Sanitation, dispensaries and jails vaccination Rajputana 1922-1927 - 1922-1927
Year: 1922
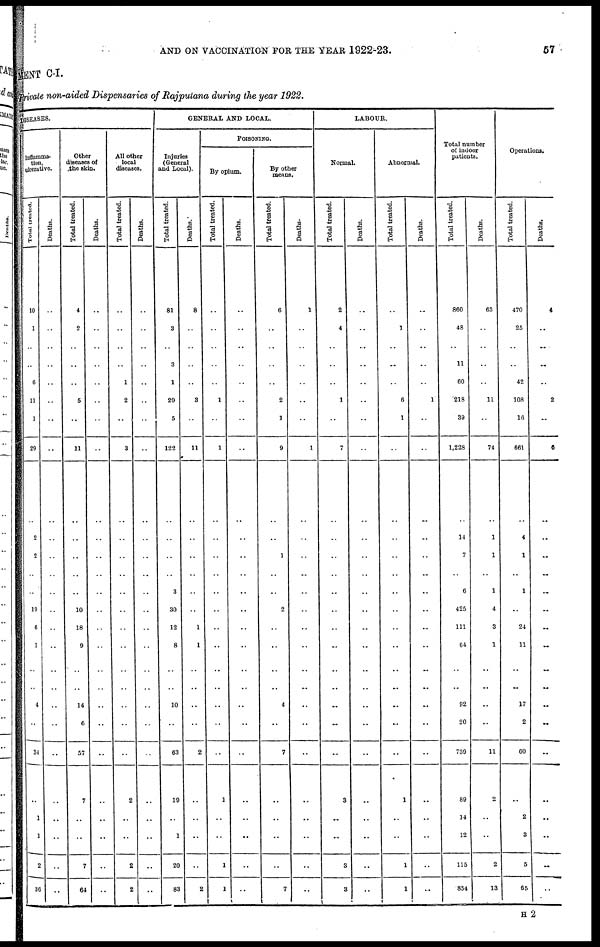
AND ON VACCINATION FOR THE YEAR 1922-23.
57
MENT C-I.
private non-aided Dispensaries of Rajputana during the year 1922.
DISEASES.
inflamma¬
tion,
ulcerative.
Total treated.
10
1
..
..
6
11
1
29
..
2
2
..
..
10
6
1
..
..
4
..
34
..
1
1
2
36
Deaths.
..
..
..
..
..
..
..
..
..
..
..
..
..
..
..
..
..
..
..
..
..
..
..
..
..
..
Other
diseases of
the skin.
Total treated.
4
2
..
..
..
5
..
11
..
..
..
..
..
10
18
9
..
..
14
6
57
7
..
..
7
64
Deaths.
..
..
..
..
..
..
..
..
..
..
..
..
..
..
..
..
..
..
..
..
..
..
..
..
..
..
All other
local
diseases.
Total treated.
..
..
..
..
1
2
..
3
..
..
..
..
..
..
..
..
..
..
..
..
..
2
..
..
2
2
Deaths.
..
..
..
..
..
..
..
..
..
..
..
..
..
..
..
..
..
..
..
..
..
..
..
..
..
..
GENERAL AND LOCAL.
Injuries
(General
and Local).
Total treated.
81
3
..
3
1
29
5
122
..
..
..
..
3
30
12
8
..
..
10
..
63
19
..
1
20
83
Deaths.
8
..
..
..
..
3
..
11
..
..
..
..
..
..
1
1
..
..
..
..
2
..
..
..
..
2
POISONING.
By opium.
Total treated.
..
..
..
..
..
1
..
1
..
..
..
..
..
..
..
..
..
..
..
..
..
1
..
..
1
1
Deaths.
..
..
..
..
..
..
..
..
..
..
..
..
..
..
..
..
..
..
..
..
..
..
..
..
..
..
By other
means.
Total treated.
6
..
..
..
..
2
1
9
..
..
1
..
..
2
..
..
..
..
4
..
7
..
..
..
..
7
Deaths
1
..
..
..
..
..
..
1
..
..
..
..
..
..
..
..
..
..
..
..
..
..
..
..
..
..
LABOUR.
Normal.
Total treated.
2
4
..
..
..
1
..
7
..
..
..
..
..
..
..
..
..
..
..
..
..
3
..
..
3
3
Deaths.
..
..
..
..
..
..
..
..
..
..
..
..
..
..
..
..
..
..
..
..
..
..
..
..
..
..
Abnormal.
Total treated.
..
1
..
..
..
6
1
..
..
..
..
..
..
..
..
..
..
..
..
..
..
1
..
..
1
1
Deaths.
..
..
..
..
..
1
..
..
..
..
..
..
..
..
..
..
..
..
..
..
..
..
..
..
..
..
Total number
of indoor
patients.
Total treated.
860
48
..
11
60
218
39
1,228
..
14
7
..
6
425
111
64
..
..
92
20
739
89
14
12
115
854
Deaths.
63
..
..
..
..
11
..
74
..
1
1
..
1
4
3
1
..
..
..
..
11
2
..
..
2
13
Operations.
Total treated.
470
25
..
..
42
108
16
661
..
4
1
..
1
..
24
11
..
..
17
2
60
..
2
3
5
65
Deaths.
4
..
..
..
..
2
..
6
..
..
..
..
..
..
..
..
..
..
..
..
..
..
..
..
..
..
H 2